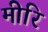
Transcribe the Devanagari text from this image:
मीरि